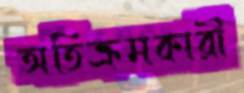
অতিক্রমকারী